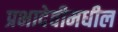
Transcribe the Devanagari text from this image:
प्रभादेवीमधील